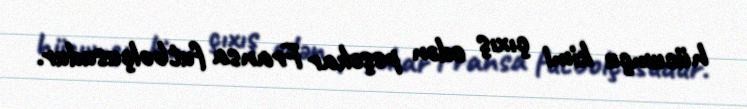
hücumçu kimi çıxış edən peşəkar Fransa futbolçusudur.